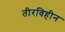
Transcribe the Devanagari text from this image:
तीरविहीन